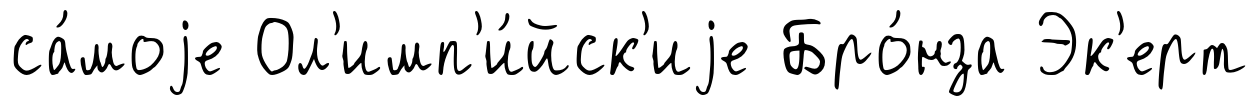
са́моjе Ол'имп'и́йск'иjе Бро́нза Эк'ерт